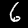
Digit: 6